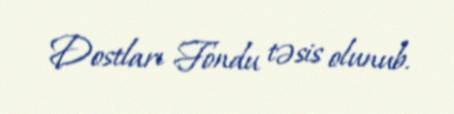
Dostları Fondu təsis olunub.